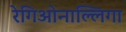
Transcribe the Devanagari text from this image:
रेगिओनाल्लिगा